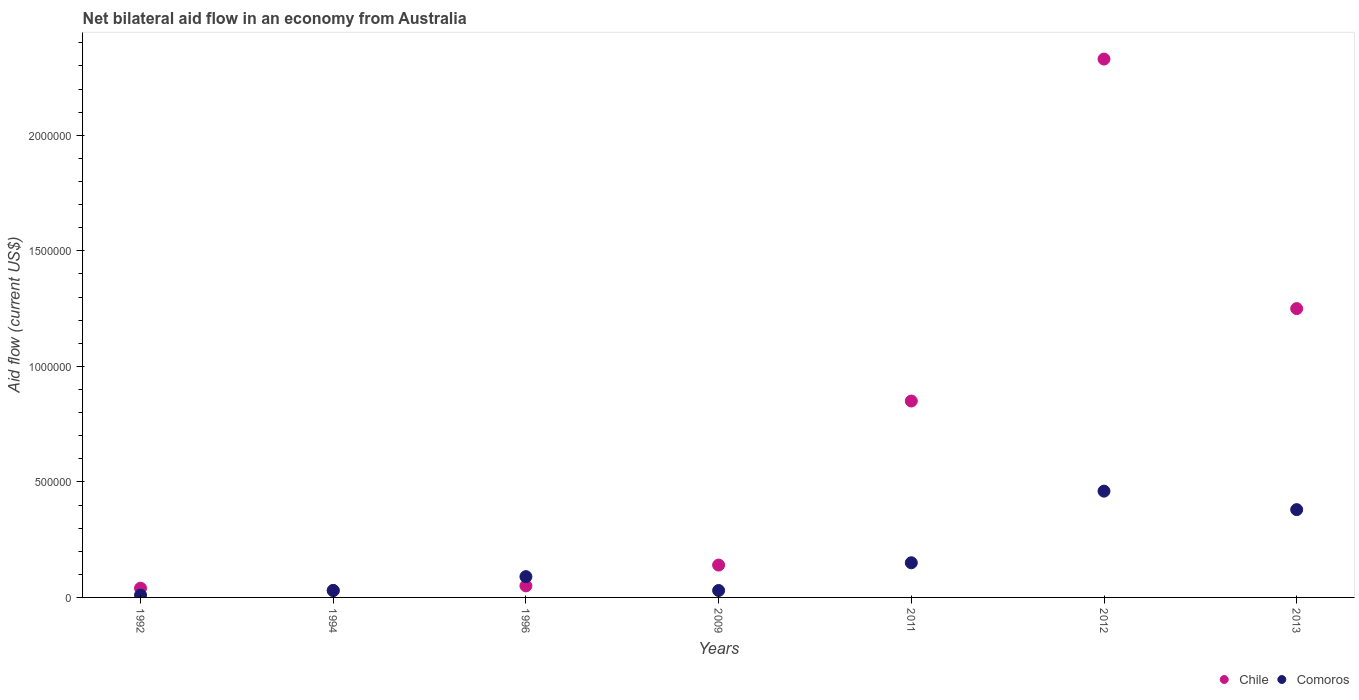
| Years | Chile | Comoros |
 | --- | --- | --- |
 | 1992 | 4e+04 | 1e+04 |
 | 1994 | 3e+04 | 3e+04 |
 | 1996 | 5e+04 | 9e+04 |
 | 2009 | 1.4e+05 | 3e+04 |
 | 2011 | 8.5e+05 | 1.5e+05 |
 | 2012 | 2.33e+06 | 4.6e+05 |
 | 2013 | 1.25e+06 | 3.8e+05 |